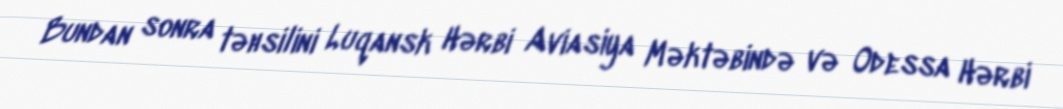
Bundan sonra təhsilini Luqansk Hərbi Aviasiya Məktəbində və Odessa Hərbi